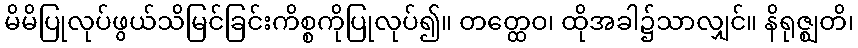
မိမိပြုလုပ်ဖွယ်သိမြင်ခြင်းကိစ္စကိုပြုလုပ်၍။ တတ္ထေဝ၊ ထိုအခါ၌သာလျှင်။ နိရုဇ္ဈတိ၊